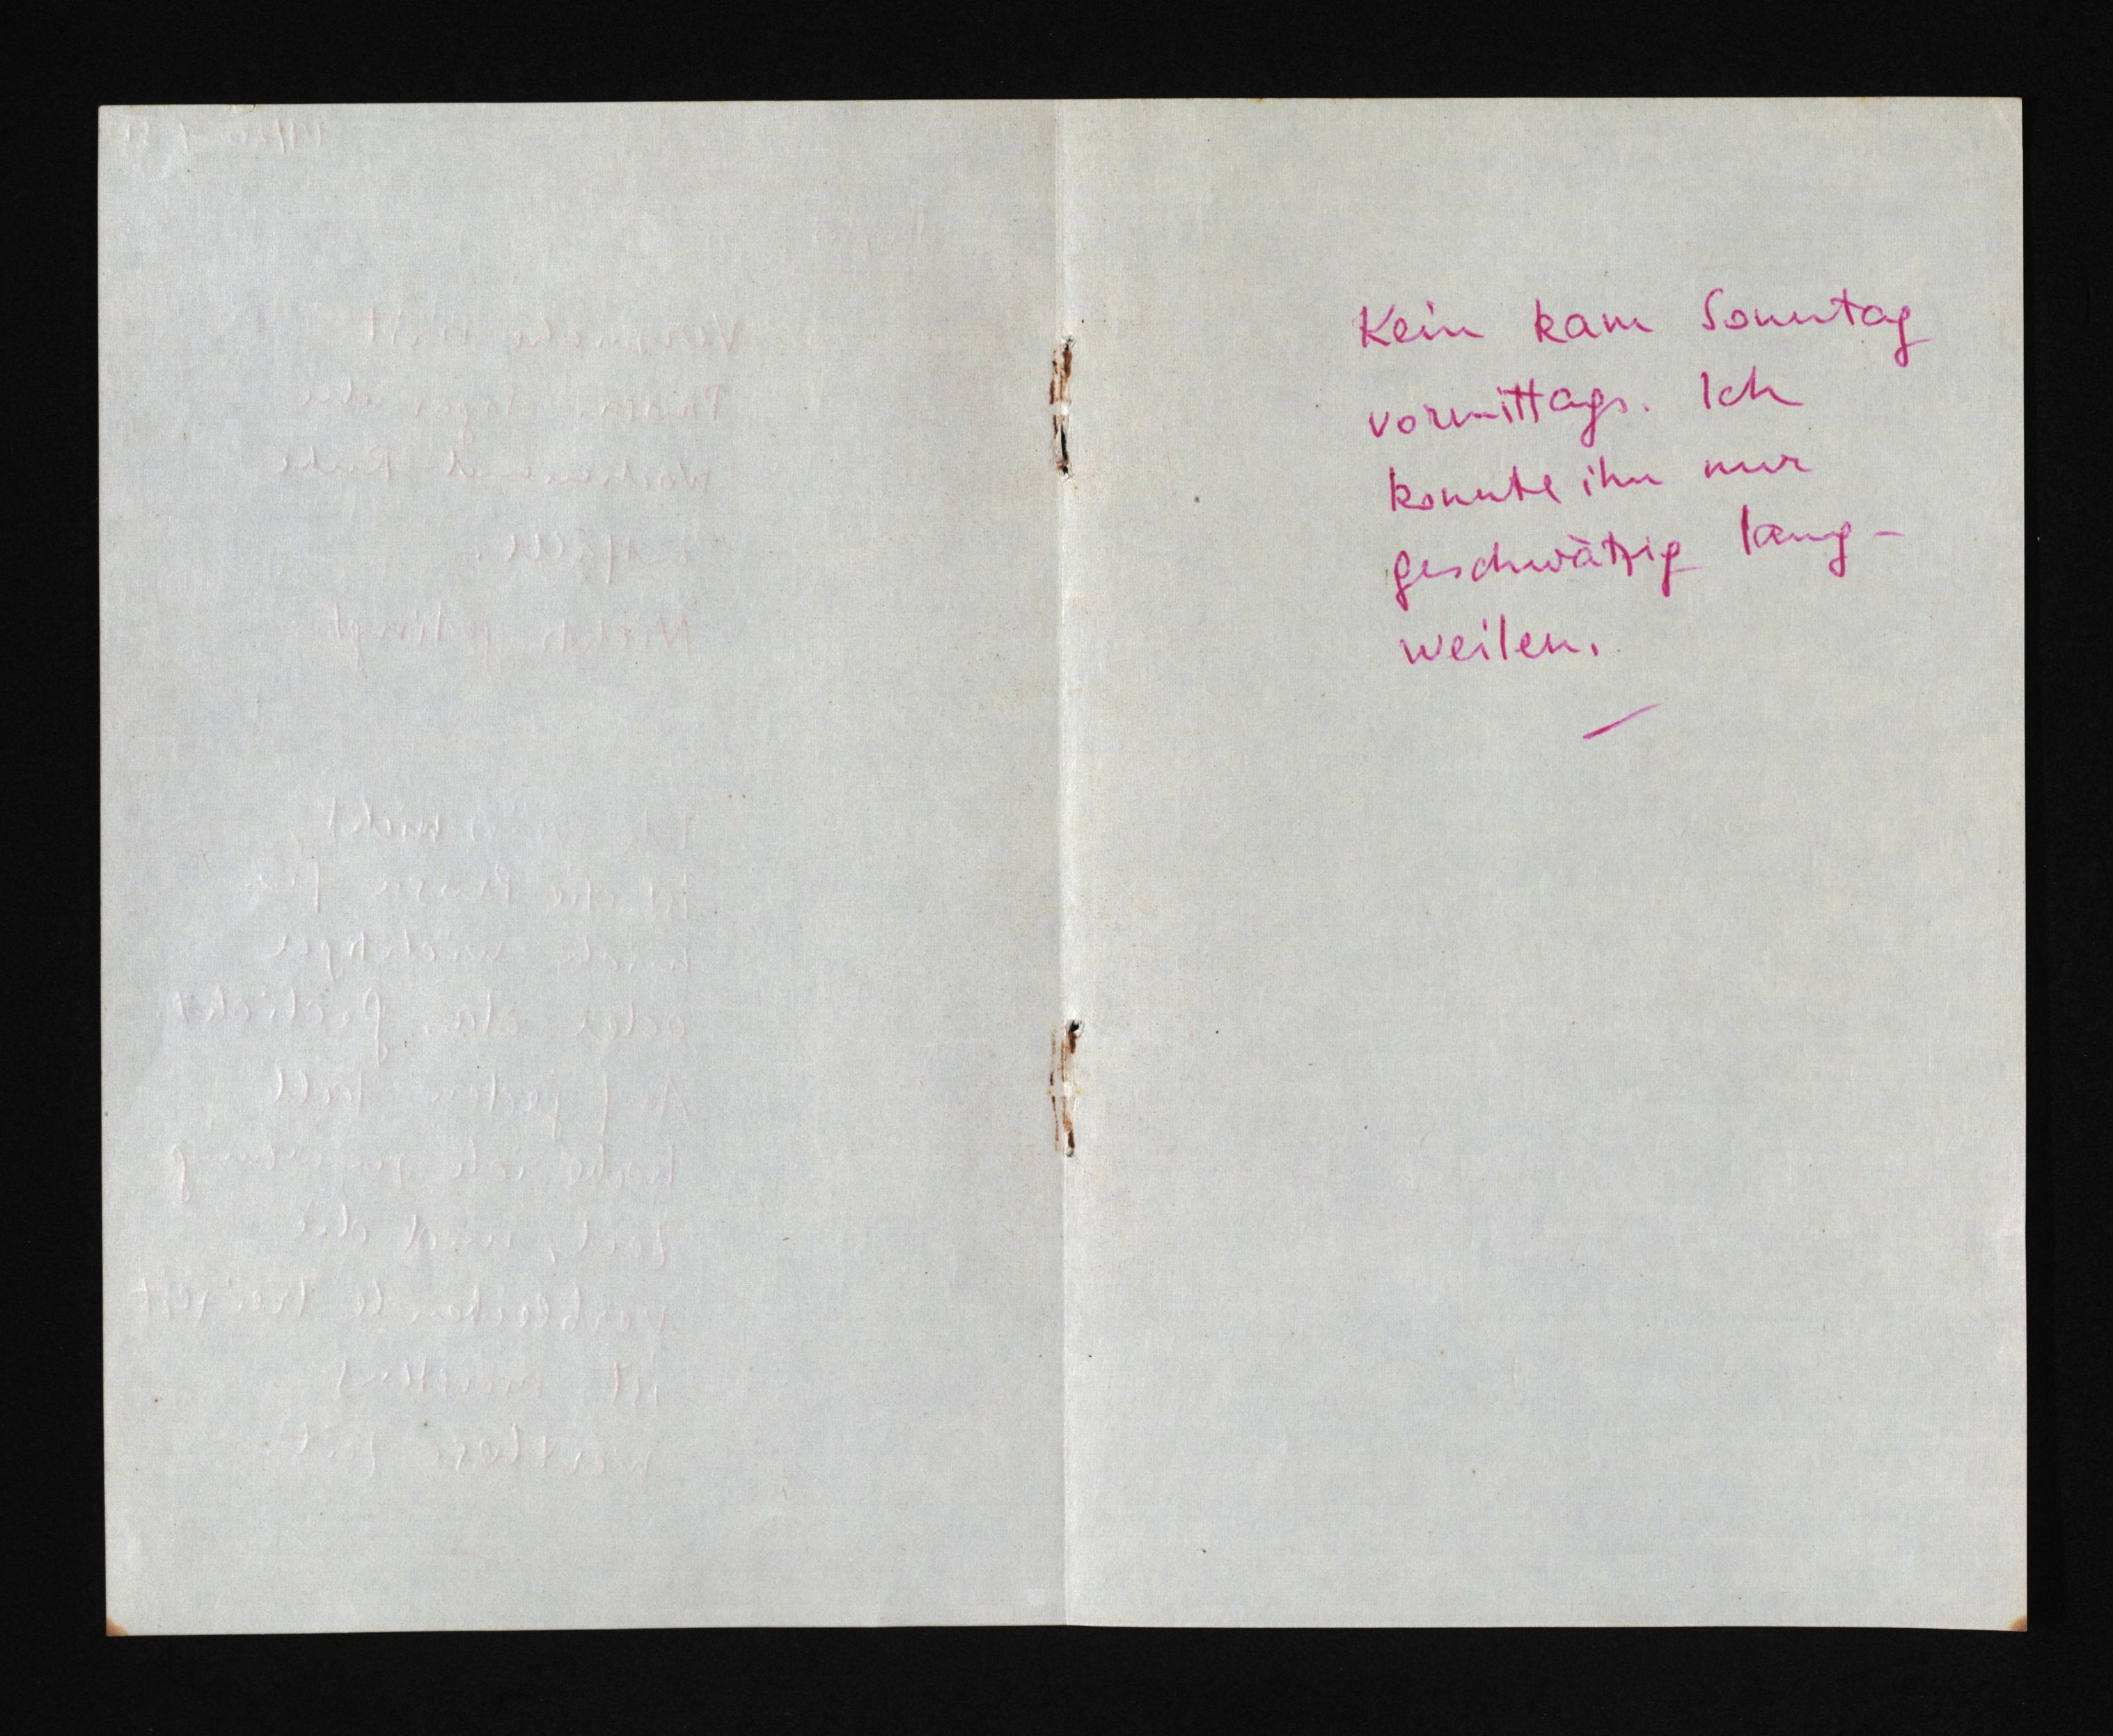
Kein kam Sonntag
vormittags. Ich
konnte ihn nur
geschwätzig lang¬
weilen.